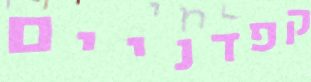
קפדניים